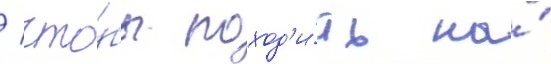
/ что́бы поход'и́ть на́